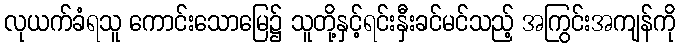
လုယက်ခံရသူ ကောင်းသောမြေ၌ သူတို့နှင့်ရင်းနှီးခင်မင်သည့် အကြွင်းအကျန်ကို